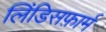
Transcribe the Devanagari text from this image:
लिंडिसफ़ार्म